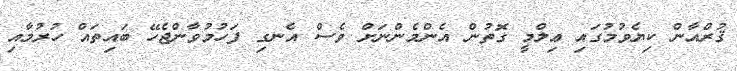
ޤުރްއާން ކިޔެވުމުގައި ޢިލްމީ ގޮތުން އެންމެންނަށް ވެސް އެނގި ފަހުމުވާންޖެހޭ ބައިތައް ހުރުމާއި